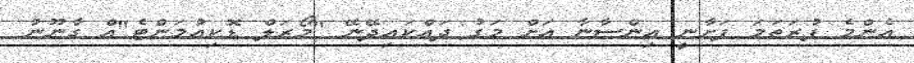
އެންމެ ފުރަތަމަ ފަށާނީ އިންސާނާ އަށް މަގު ދައްކައިދޭނޭ "މޯރަލް ޑޮކިއުމަންޓެ"އް ގާނޫނު